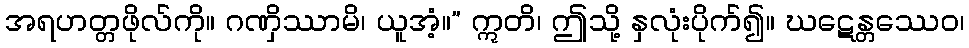
အရဟတ္တဖိုလ်ကို။ ဂဏှိဿာမိ၊ ယူအံ့။” ဣတိ၊ ဤသို့ နှလုံးပိုက်၍။ ဃဋေန္တဿေဝ၊